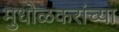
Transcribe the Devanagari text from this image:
मुधोळकरांच्या